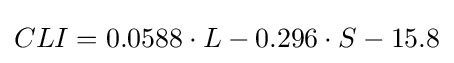
CLI=0.0588\cdot L-0.296\cdot S-15.8\,\!